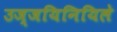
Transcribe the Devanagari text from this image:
उज्जयिनियिले